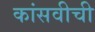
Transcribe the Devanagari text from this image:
कांसवीची